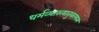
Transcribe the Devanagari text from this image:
धर्मव्याख्यातुकामस्य